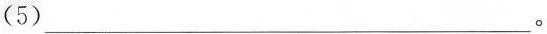
(5)___。